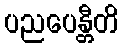
ပညပေန္တီတိ